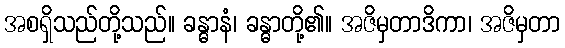
အစရှိသည်တို့သည်။ ခန္ဓာနံ၊ ခန္ဓာတို့၏။ အဇိမှတာဒိကာ၊ အဇိမှတာ